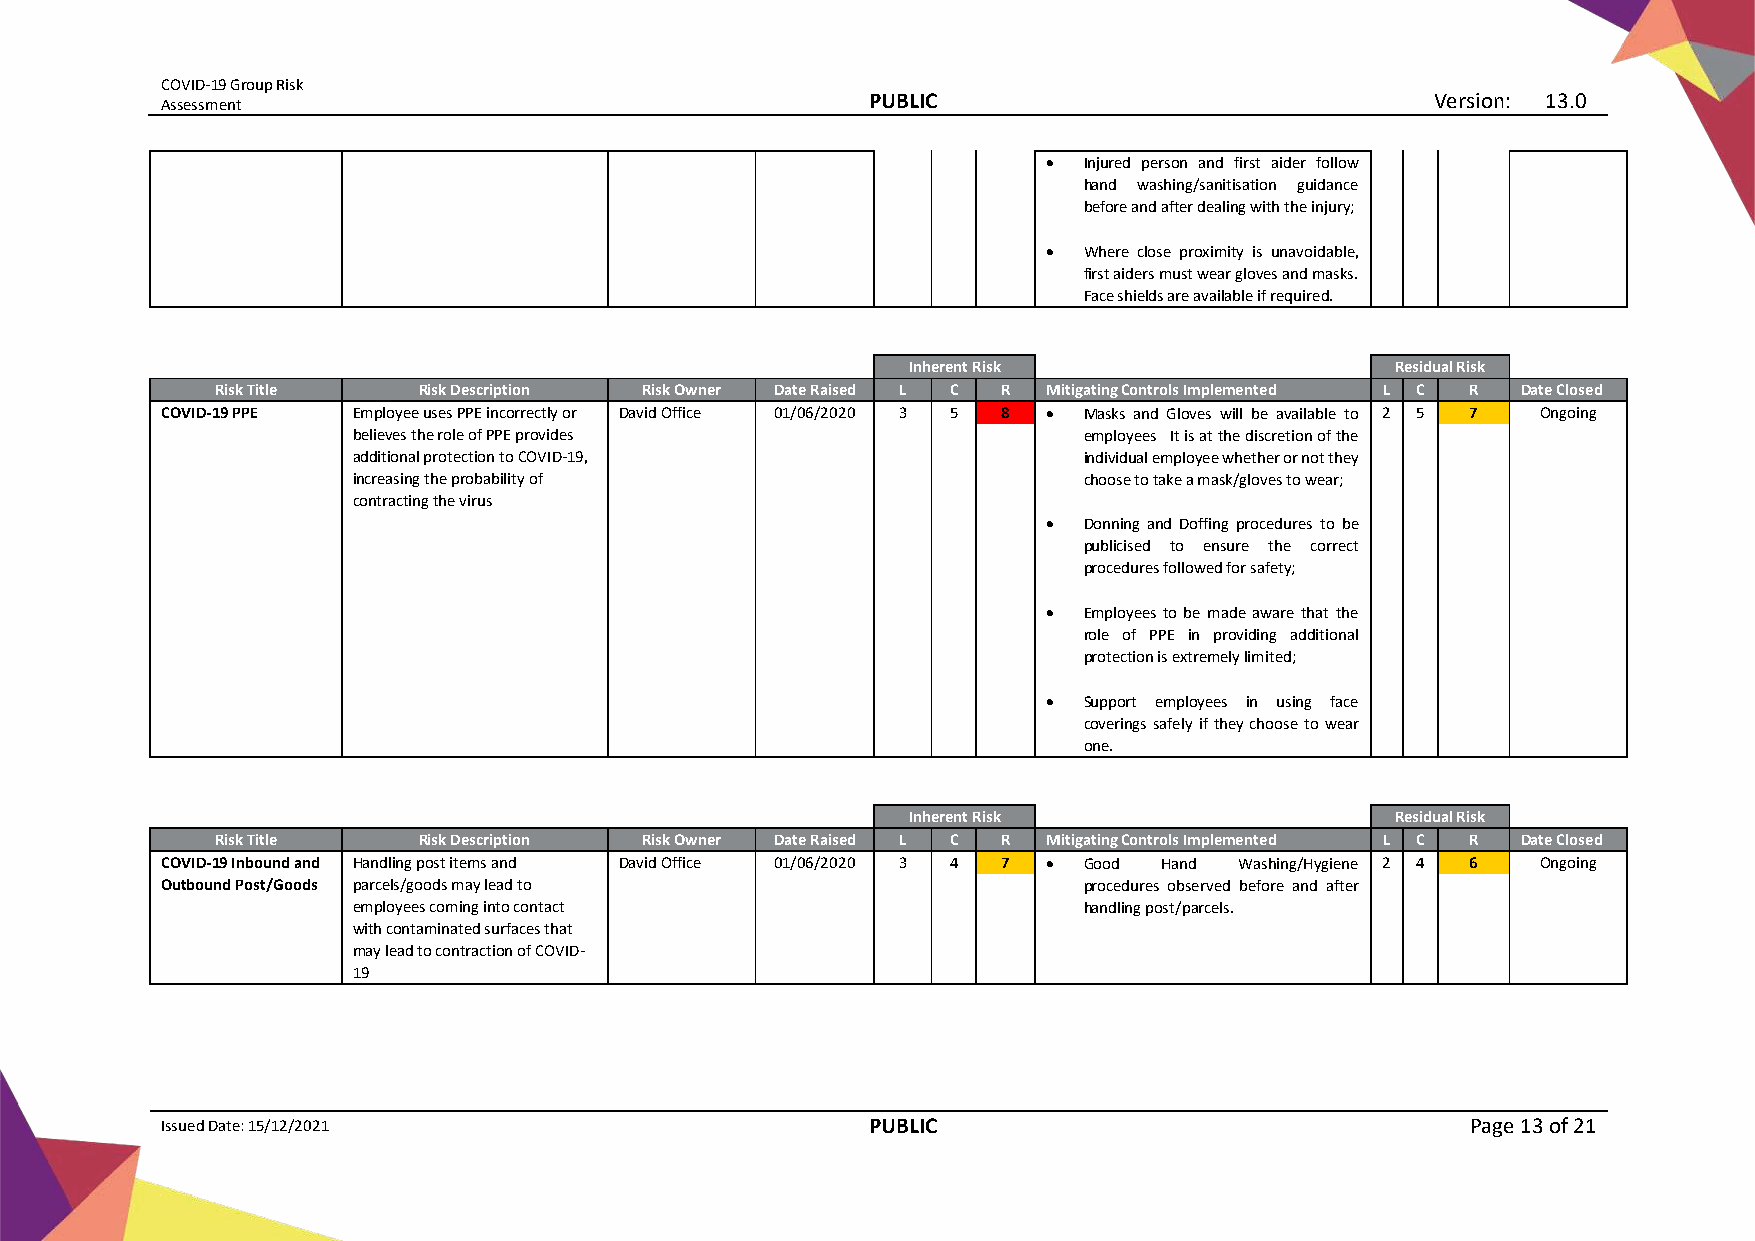
COVID-19 Group Risk
 Assessment
 PUBLIC                                Version: 13.0
 •  Injured person and first aider follow
 hand washing/sanitisation guidance
 before and after dealing with the injury;
 •  Where close proximity is unavoidable,
 first aiders must wear gloves and masks.
 Face shields are available if required.
 Inherent Risk                   Residual Risk
 Risk Title    Risk Description Risk Owner Date Raised L C R Mitigating Controls Implemented L C R Date Closed
 COVID-19 PPE Employee uses PPE incorrectly or David Office 01/06/2020 3 5 8 • Masks and Gloves will be available to 2 5 7 Ongoing
 believes the role of PPE provides                employees It is at the discretion of the
 additional protection to COVID-19,               individual employee whether or not they
 increasing the probability of                    choose to take a mask/gloves to wear;
 contracting the virus
 •  Donning and Doffing procedures to be
 publicised to ensure the correct
 procedures followed for safety;
 •  Employees to be made aware that the
 role of PPE in providing additional
 protection is extremely limited;
 •  Support employees in using face
 coverings safely if they choose to wear
 one.
 Inherent Risk                   Residual Risk
 Risk Title    Risk Description Risk Owner Date Raised L C R Mitigating Controls Implemented L C R Date Closed
 COVID-19 Inbound and Handling post items and David Office 01/06/2020 3 4 7 • Good Hand Washing/Hygiene 2 4 6 Ongoing
 Outbound Post/Goods parcels/goods may lead to                procedures observed before and after
 employees coming into contact                    handling post/parcels.
 with contaminated surfaces that
 may lead to contraction of COVID-
 19
 Issued Date: 15/12/2021                       PUBLIC                                  Page 13 of 21